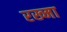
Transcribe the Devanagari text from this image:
रख्मा